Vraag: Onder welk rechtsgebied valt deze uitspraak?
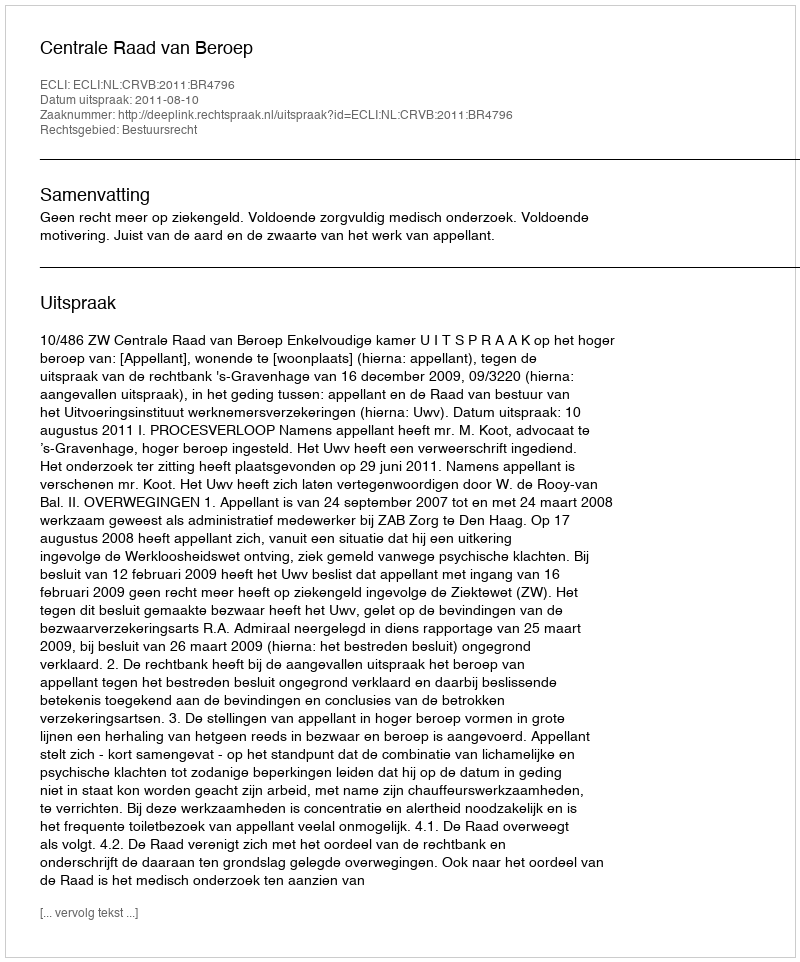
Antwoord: Bestuursrecht